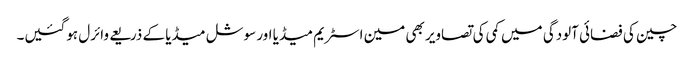
چین کی فضائی آلودگی میں کمی کی تصاویر بھی مین اسٹریم میڈیا اور سوشل میڈیا کے ذریعے وائرل ہوگئیں۔